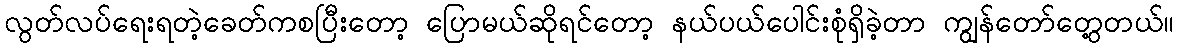
လွတ်လပ်ရေးရတဲ့ခေတ်ကစပြီးတော့ ပြောမယ်ဆိုရင်တော့ နယ်ပယ်ပေါင်းစုံရှိခဲ့တာ ကျွန်တော်တွေ့တယ်။